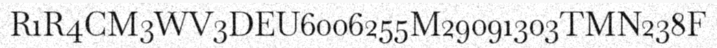
R1R4CM3WV3DEU6006255M29091303TMN238F